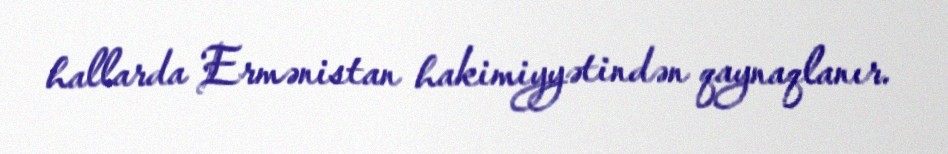
hallarda Ermənistan hakimiyyətindən qaynaqlanır.